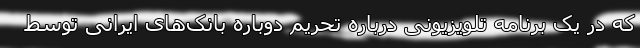
که در یک برنامه تلویزیونی درباره تحریم دوباره بانک‌های ایرانی توسط